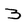
Character: 3